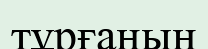
тұрғанын